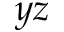
y z